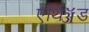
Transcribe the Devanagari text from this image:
एथिॲड